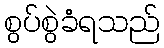
စွပ်စွဲခံရသည်